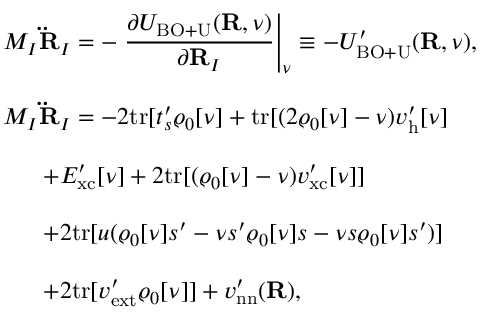
\begin{array} { l } { { \displaystyle M _ { I } { \bf \ddot { R } } _ { I } = - \left. \frac { \partial { \cal U } _ { \mathrm { B O + U } } ( { \bf R } , \nu ) } { \partial { \bf R } _ { I } } \right\vert _ { \nu } \equiv - { \cal U } _ { \mathrm { B O + U } } ^ { \prime } ( { \bf R } , \nu ) , } } \\ { ~ ~ } \\ { { \displaystyle M _ { I } { \bf \ddot { R } } _ { I } = - 2 \mathrm { t r } [ t _ { s } ^ { \prime } \varrho _ { 0 } [ \nu ] + \mathrm { t r } [ ( 2 \varrho _ { 0 } [ \nu ] - \nu ) v _ { \mathrm { h } } ^ { \prime } [ \nu ] } } \\ { ~ ~ } \\ { { \displaystyle ~ ~ ~ ~ ~ + E _ { \mathrm { x c } } ^ { \prime } [ \nu ] + 2 \mathrm { t r } [ ( \varrho _ { 0 } [ \nu ] - \nu ) v _ { \mathrm { x c } } ^ { \prime } [ \nu ] ] } } \\ { ~ ~ } \\ { { \displaystyle ~ ~ ~ ~ ~ + 2 \mathrm { t r } [ u ( \varrho _ { 0 } [ \nu ] s ^ { \prime } - \nu s ^ { \prime } \varrho _ { 0 } [ \nu ] s - \nu s \varrho _ { 0 } [ \nu ] s ^ { \prime } ) ] } } \\ { ~ ~ } \\ { { \displaystyle ~ ~ ~ ~ ~ + 2 \mathrm { t r } [ v _ { \mathrm { e x t } } ^ { \prime } \varrho _ { 0 } [ \nu ] ] + v _ { \mathrm { n n } } ^ { \prime } ( { \bf R } ) } , } \end{array}